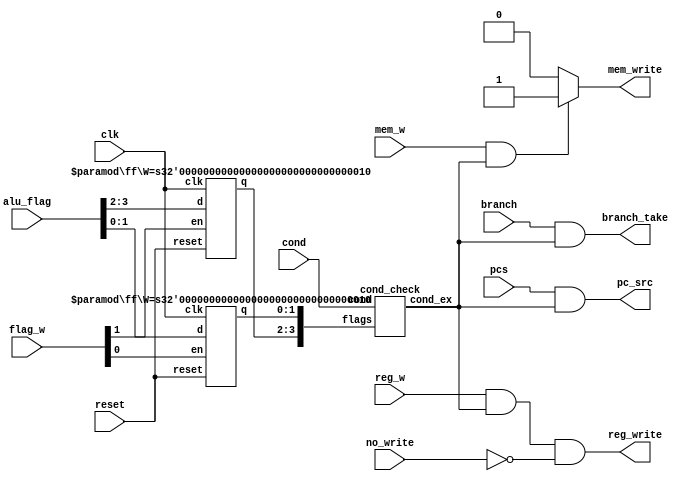
`default_nettype none
module cond_logic(clk,reset,pcs,reg_w,mem_w,flag_w,cond,alu_flag,
                 branch,
                 pc_src,reg_write,mem_write,no_write,
                 branch_take);
    input clk,reset,pcs,reg_w,mem_w;
    input [1:0] flag_w;
    input [3:0] alu_flag,cond;
    input branch;

    output pc_src,reg_write,mem_write;
    input no_write;
    output branch_take;

    wire cond_ex;
    
    wire [3:0] flags;
    wire [1:0] flag_write;

    // always @(clk or reset or flag_write) begin
    //     if (reset) flags <= 4'b0;
    //     else if (flag_write) flags <= alu_flag;
    // end

    ff  #(2)ff_h(.clk(clk),
        .reset(reset),
        .en(flag_write[1]),
        .d(alu_flag[3:2]),
        .q(flags[3:2]));

    ff  #(2)ff_l(.clk(clk),
        .reset(reset),
        .en(flag_write[0]),
        .d(alu_flag[1:0]),
        .q(flags[1:0]));

    cond_check cond_check_u(.cond(cond),.flags(flags),.cond_ex(cond_ex));
    //assign flag_write = flag_w & {2{cond_ex}};
    assign flag_write = flag_w;
    
    assign pc_src = pcs & cond_ex;
    assign reg_write = reg_w & cond_ex & ~no_write;
    assign mem_write = (mem_w & cond_ex)?1:0;
    assign branch_take = branch & cond_ex;

endmodule


module cond_check(cond,flags,cond_ex);
    input [3:0] cond,flags;
    output reg cond_ex;

    wire neg,zero,carry,overflow;
    assign {neg,zero,carry,overflow} = flags;
    always @(*) begin
        case (cond)
            4'b0000: cond_ex <= zero;
            4'b0001: cond_ex <= ~zero;
            4'b0010: cond_ex <= carry;
            4'b0011: cond_ex <= ~carry;
            4'b0100: cond_ex <= neg;
            4'b0101: cond_ex <= ~neg;
            4'b0110: cond_ex <= overflow;
            4'b0111: cond_ex <= ~overflow;
            4'b1000: cond_ex <= ~zero & carry;
            4'b1001: cond_ex <= zero | ~carry;
            4'b1010: cond_ex <= ~(neg ^ overflow);
            4'b1011: cond_ex <= neg ^ overflow;
            4'b1100: cond_ex <= ~zero & ~(neg ^ overflow);
            4'b1101: cond_ex <= zero | (neg ^ overflow);
            4'b1110: cond_ex <= 1'b1;
            default: cond_ex <= 1'bx;
        endcase
    end
endmodule


module ff #(parameter W = 8)
          (clk,reset,en,d,q);
 input clk,reset,en;
 input [W-1:0] d;
 output reg [W-1:0] q;

    always @(posedge clk or posedge reset) begin
        if (reset) q<=0;
        else if (en) q<=d;
    end
endmodule